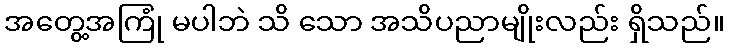
အတွေ့အကြုံ မပါဘဲ သိ သော အသိပညာမျိုးလည်း ရှိသည်။